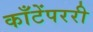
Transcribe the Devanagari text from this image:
काँटेंपररी